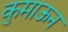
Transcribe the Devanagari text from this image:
कुमाऊन